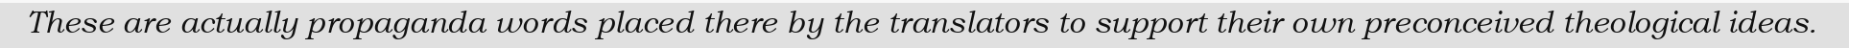
These are actually propaganda words placed there by the translators to support their own preconceived theological ideas.